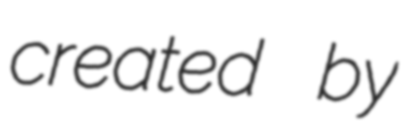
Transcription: created by